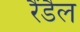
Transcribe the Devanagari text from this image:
रैंडैल